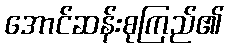
အောင်ဆန်းစုကြည်၏